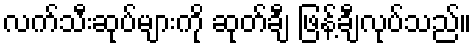
လက်သီးဆုပ်များကို ဆုတ်ချီ ဖြန့်ချီလုပ်သည်။